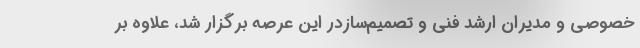
خصوصی و مدیران ارشد فنی و تصمیم‌سازدر این عرصه برگزار شد، علاوه بر